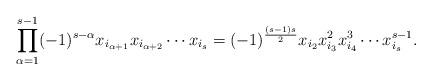
LaTeX: \begin{align*} \prod_{\alpha=1}^{s - 1} (-1)^{s - \alpha} x_{i_{\alpha + 1}} x_{i_{\alpha + 2}} \cdots x_{i_s} = (-1)^{\frac{(s - 1) s}{2}} x_{i_2} x_{i_3}^2 x_{i_4}^3 \cdots x_{i_s}^{s - 1}. \end{align*}